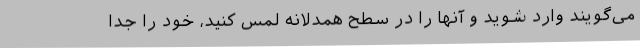
می‌گویند وارد شوید و آنها را در سطح همدلانه لمس کنید، خود را جدا